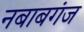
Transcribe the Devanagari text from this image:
नबाबगंज